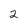
Character: 2